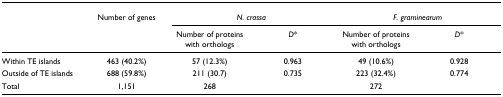
|  | Number of genes | <COLSPAN=2> N. crassa | <COLSPAN=2> F. graminearum |
 |  |  | Number of proteins with orthologs | D* | Number of proteins with orthologs | D* |
 | --- | --- | --- | --- | --- | --- |
 | Within TE islands | 463 (40.2%) | 57 (12.3%) | 0.963 | 49 (10.6%) | 0.928 |
 | Outside of TE islands | 688 (59.8%) | 211 (30.7) | 0.735 | 223 (32.4%) | 0.774 |
 | Total | 1,151 | 268 |  | 272 |  |